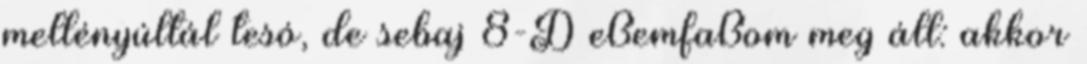
mellényúltál tesó, de sebaj 8-D eßemfaßom meg áll: akkor